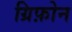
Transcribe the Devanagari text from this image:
ग्रिफ़ोन